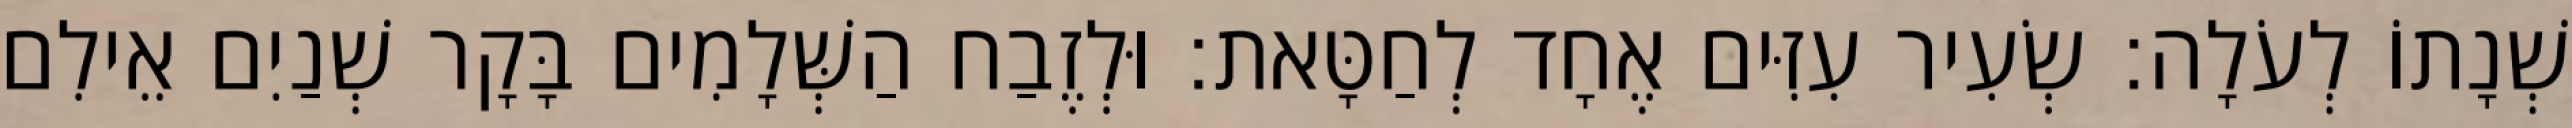
שְׁנָתוֹ לְעֹלָה׃ שְׂעִיר עִזִּים אֶחָד לְחַטָּאת׃ וּלְזֶבַח הַשְּׁלָמִים בָּקָר שְׁנַיִם אֵילִם